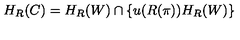
H _ { R } ( C ) = H _ { R } ( W ) \cap \left\{ u ( R ( \pi ) ) H _ { R } ( W ) \right\}